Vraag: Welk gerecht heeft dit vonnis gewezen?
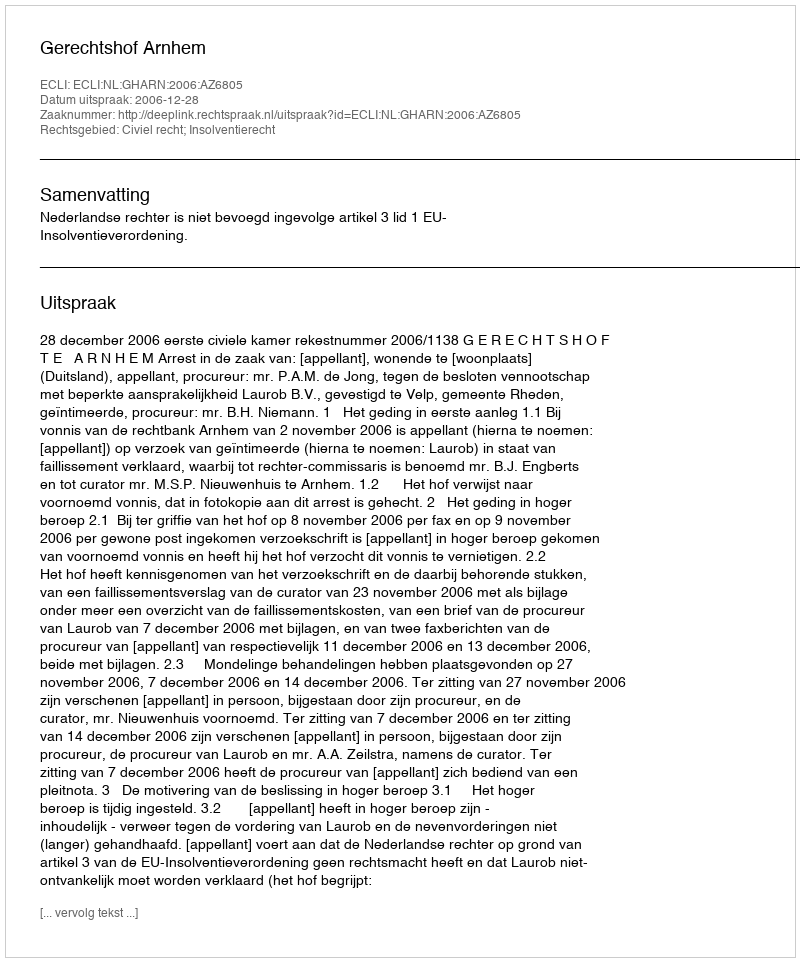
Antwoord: Gerechtshof Arnhem